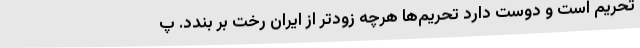
تحریم است و دوست دارد تحریم‌ها هرچه زودتر از ایران رخت بر بندد. پ